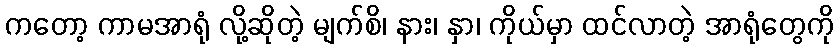
ကတော့ ကာမအာရုံ လို့ဆိုတဲ့ မျက်စိ၊ နား၊ နှာ၊ ကိုယ်မှာ ထင်လာတဲ့ အာရုံတွေကို